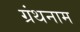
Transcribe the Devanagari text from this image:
ग्रंथनाम